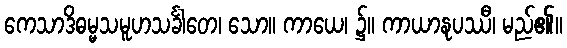
ကေသာဒိဓမ္မသမူဟသင်္ခါတေ၊ သော။ ကာယေ၊ ၌။ ကာယာနုပဿီ၊ မည်၏။